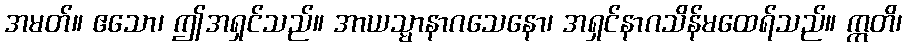
အမတ်။ ဧသော၊ ဤအရှင်သည်။ အာယသ္မာနာဂသေနော၊ အရှင်နာဂသိန်မထေရ်သည်။ ဣတိ၊